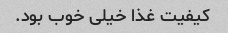
کیفیت غذا خیلی خوب بود.